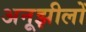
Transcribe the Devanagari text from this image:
अनूझीलों